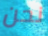
نحن